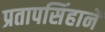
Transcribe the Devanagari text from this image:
प्रतापसिंहानें